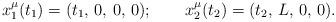
LaTeX: \begin{align*}x^\mu_1(t_1) = (t_1, \, 0, \, 0, \, 0); \qquad x^\mu_2(t_2) = (t_2, \, L, \, 0, \, 0) .\end{align*}